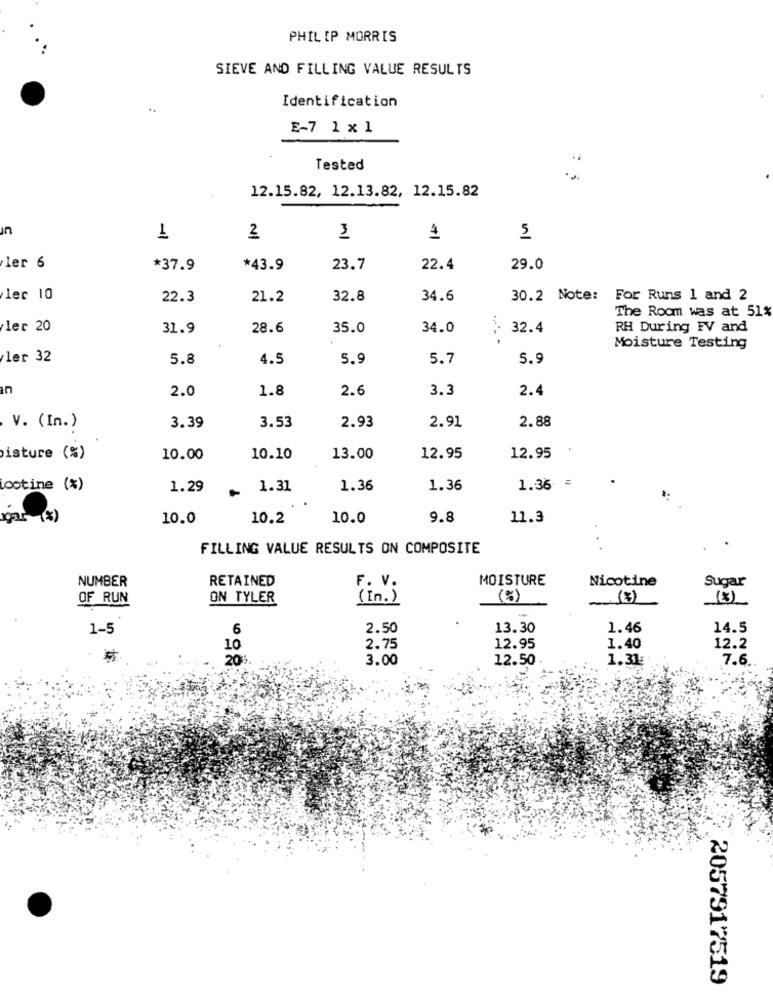
PHILIP MORRIS
SIEVE AND FILLING VALUE RESULTS
Identification
..
E-7 1x1
Tested
12.15.82, 12.13.82, 12.15.82
ur
1
2
3
5
ler 6
*37.9
*43.9
23.7
22.4
29.0
lec 10
22.3
21.2
32.8
34.6
30.2 Note: For Runs 1 and 2
The Room was at 51%
ler 20
31.9
28.6
35.0
34.0
: 32.4
RH During FV and
Moisture Testing
ler 32
5.8
4.5
5.9
5.7
5.9
an
2.0
1.8
2.6
3.3
2.4
3.39
2.88
V. (In.)
3.53
2.93
2.91
isture (%)
10.00
10.10
13.00
12.95
12.95
lootine (%)
1.29
1.31
1.36
1.36
1.36
gar (%)
10.0
10.2
10.0
9.8
11.3
FILLING VALUE RESULTS ON COMPOSITE
NUMBER
RETAINED
MOISTURE
Nicotine
Sugar
F. V.
OF RUN
ON TYLER
( In . )
(%)
(8)
1-5
6
2.50
13.30
1.46
14.5
12.2
10
2.75
12.95
1.40
20
3.00
12.50
1.31:
7.6.
2057917519